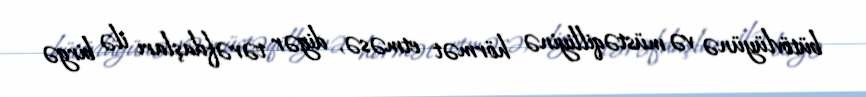
bütövlüyünə və müstəqilliyinə hörmət etməsə, digər tərəfdaşları ilə birgə